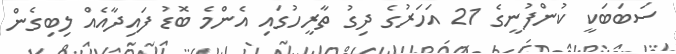
ސަބަބަކީ ކުންފުނީގެ 21 އަހަރުގެ ދިގު ތާރީހުގައި އެންމެ ބޮޑު ފައިދާއެއް ލިބިގެން